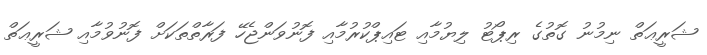
ޝަރީޢަތް ނިމުނު ގޮތުގެ ރިޕޯޓު ލިޔުމާއި ޓައިޕްކުރުމާއި ފޮނުވަންޖެހޭ ފަރާތްތަކަށް ފޮނުވުމާއި ޝަރީޢަތް